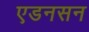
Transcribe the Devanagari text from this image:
एडनसन